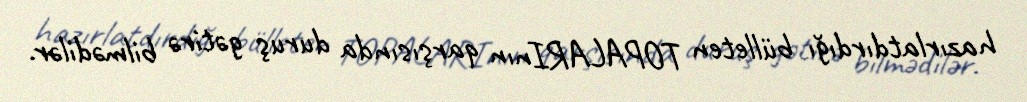
hazırlatdırdığı bülleten TOPALARInın qarşısında duruş gətirə bilmədilər.